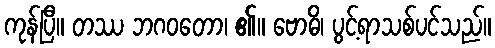
ကုန်ပြီ။ တဿ ဘဂဝတော၊ ၏။ ဗောဓိ၊ ပွင့်ရာသစ်ပင်သည်။